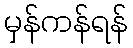
မှန်ကန်ရန်